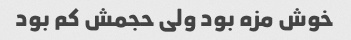
خوش مزه بود ولی حجمش کم بود